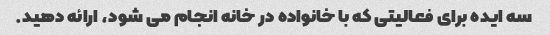
سه ایده برای فعالیتی که با خانواده در خانه انجام می شود، ارائه دهید.